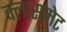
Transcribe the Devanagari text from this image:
क्लासमेट